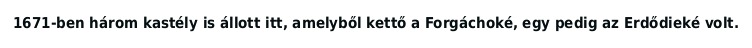
1671-ben három kastély is állott itt, amelyből kettő a Forgáchoké, egy pedig az Erdődieké volt.